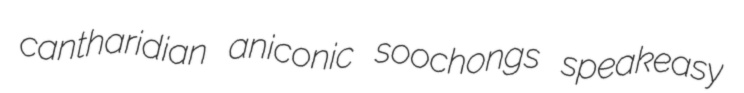
cantharidian aniconic soochongs speakeasy